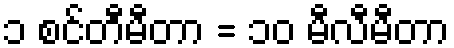
၁ စင်တီမီတာ = ၁၀ မီလီမီတာ